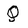
Character: Q